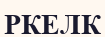
РКЕЛК